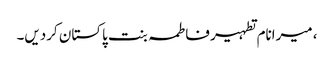
، میرانام تطہیر فاطمہ بنت پاکستان کردیں۔